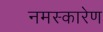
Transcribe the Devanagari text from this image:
नमस्कारेण